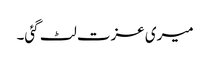
میری عزت لٹ گئی۔